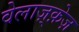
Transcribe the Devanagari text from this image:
वेलाज़्क़ेज़